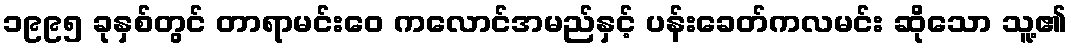
၁၉၉၅ ခုနှစ်တွင် တာရာမင်းဝေ ကလောင်အမည်နှင့် ပန်းခေတ်ကလမင်း ဆိုသော သူ့၏